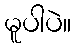
မူပါပဲ။